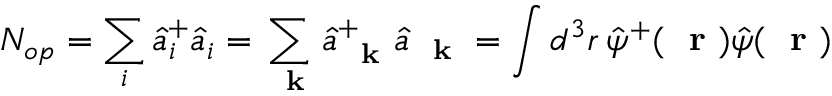
N _ { o p } = \sum _ { i } \hat { a } _ { i } ^ { + } \hat { a } _ { i } = \sum _ { \mathrm { ~ \bf ~ k ~ } } \hat { a } _ { \mathrm { ~ \bf ~ k ~ } } ^ { + } \hat { a } _ { \mathrm { ~ \bf ~ k ~ } } = \int d ^ { 3 } r \, \hat { \psi } ^ { + } ( \mathrm { ~ \bf ~ r ~ } ) \hat { \psi } ( \mathrm { ~ \bf ~ r ~ } )